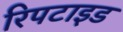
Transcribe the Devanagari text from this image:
रिपटाइड